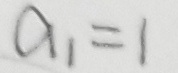
a _ { 1 } = 1